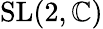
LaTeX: \operatorname{SL}(2,\mathbb{C})